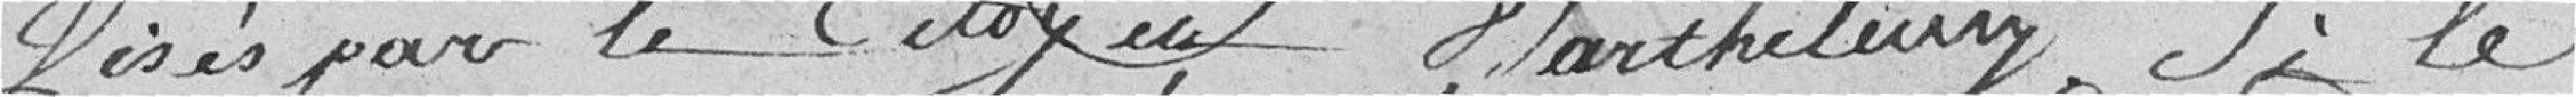
visés par le citoyen Marthelemy . Si le